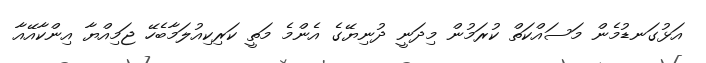
އަޅުގަނޑުމެން މަސައްކަތް ކުރަމުން މިދަނީ ދުނިޔޭގެ އެންމެ މަތީ ކަރިކިއުލަމާބެހޭ ޖަމިއްޔާ އިންކާއޭއާ